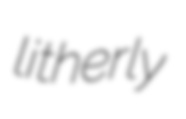
litherly